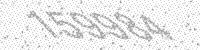
Solution: 159984